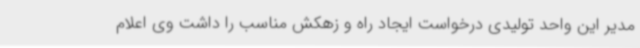
مدیر این واحد تولیدی درخواست ایجاد راه و زهکش مناسب را داشت وی اعلام